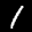
Label: 1